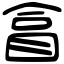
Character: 𥅽